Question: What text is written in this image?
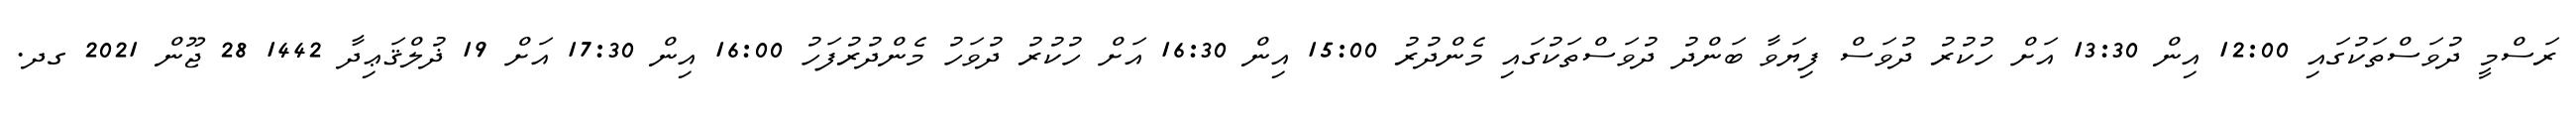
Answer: ރަސްމީ ދުވަސްތަކުގައި 12:00 އިން 13:30 އަށް ހުކުރު ދުވަސް ފިޔަވާ ބަންދު ދުވަސްތަކުގައި މެންދުރު 15:00 އިން 16:30 އަށް ހުކުރު ދުވަހު މެންދުރުފަހު 16:00 އިން 17:30 އަށް 19 ޛުލްޤަޢިދާ 1442 28 ޖޫން 2021 ގދ.